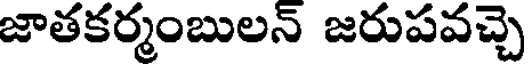
జాతకర్మంబులన్ జరుపవచ్చె